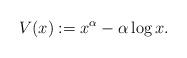
LaTeX: \begin{align*} V(x):=x^{\alpha}-\alpha \log x.\end{align*}